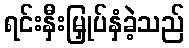
ရင်းနှီးမြှုပ်နှံခဲ့သည်